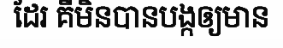
ដែរ គឺមិនបានបង្កឲ្យមាន